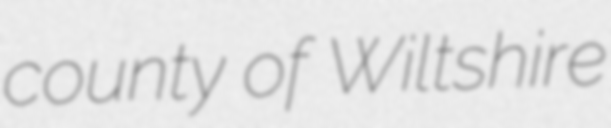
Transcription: county of Wiltshire